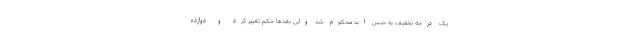
یک درجه تخفیف به حبس ابد محکوم شد ولی بعدها حکم تغییر کرد و دوازده